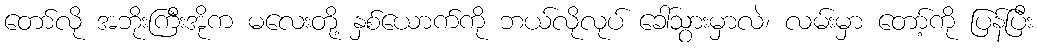
တော်လို အဘိုးကြီးအိုက မလေးတို့ နှစ်ယောက်ကို ဘယ်လိုလုပ် ခေါ်သွားမှာလဲ၊ လမ်းမှာ တော့်ကို ပြန်ပြီး